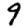
Digit: 9